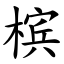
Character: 槟